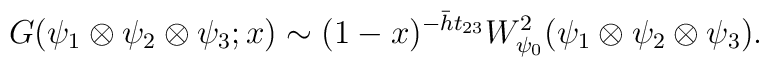
G(\psi_{1}\otimes\psi_{2}\otimes\psi_{3};x)\sim (1-x)^{-\bar{h} t_{23}}W_{\psi_{0}}^{2}(\psi_{1}\otimes\psi_{2}\otimes\psi_{3}).